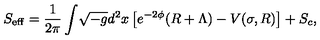
S _ { \mathrm { e f f } } = \frac { 1 } { 2 \pi } \int \! \sqrt { - g } d ^ { 2 } x \left[ e ^ { - 2 \phi } ( R + \Lambda ) - V ( \sigma , R ) \right] + S _ { c } ,